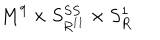
M ^ { 9 } \times S _ { R ^ { 1 1 } } ^ { S S } \times S _ { R } ^ { 1 }